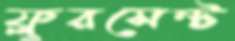
ফ্লুরসেন্ট